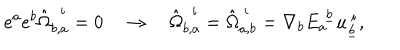
e ^ { a } e ^ { b } \hat { \Omega } _ { b , a } ^ { ~ ~ i } = 0 \quad \rightarrow \quad \hat { \Omega } _ { b , a } ^ { ~ ~ i } = \hat { \Omega } _ { a , b } ^ { ~ i } = { \nabla } _ { b } E _ { a } ^ { ~ \underline { { b } } } u _ { \underline { { b } } } ^ { ~ i } ,